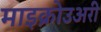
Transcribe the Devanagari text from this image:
माइक्रोउअरी